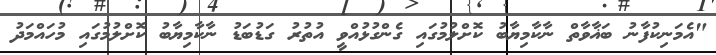
"އެމަނިކުފާނު ބަޣާވާތް ނާކާމިޔާބު ކޮށްލުމުގައި ގެންގުޅުއްވީ އުތުރު ގަޑުބަޑު ނާކާމިޔާބު ކޮށްލުމުގައި މުހައްމަދު